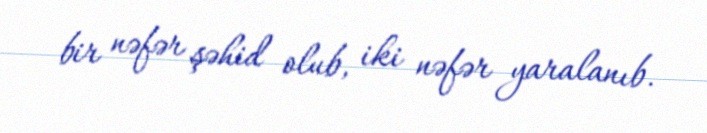
bir nəfər şəhid olub, iki nəfər yaralanıb.